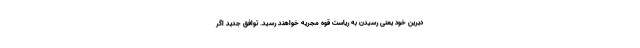
دیرین خود یعنی رسیدن به ریاست قوه مجریه خواهند رسید. توافق جدید اگر